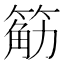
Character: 䈥